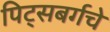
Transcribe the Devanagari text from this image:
पिट्सबर्गचे